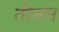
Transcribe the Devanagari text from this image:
तीनन